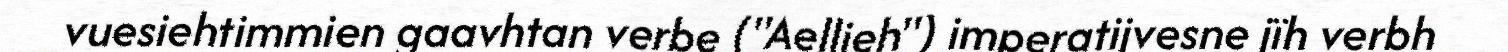
vuesiehtimmien gaavhtan verbe ("Aellieh") imperatijvesne jïh verbh